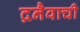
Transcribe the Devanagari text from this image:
द्रनैवाची